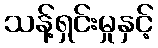
သန့်ရှင်းမှုနှင့်